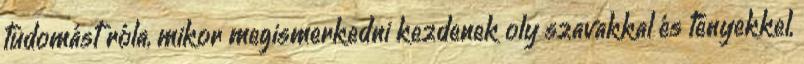
tudomást róla, mikor megismerkedni kezdenek oly szavakkal és tényekkel,